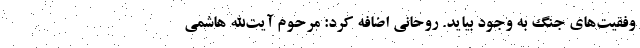
وفقیت‌های جنگ به وجود بیاید. روحانی اضافه کرد: مرحوم آیت‌الله هاشمی